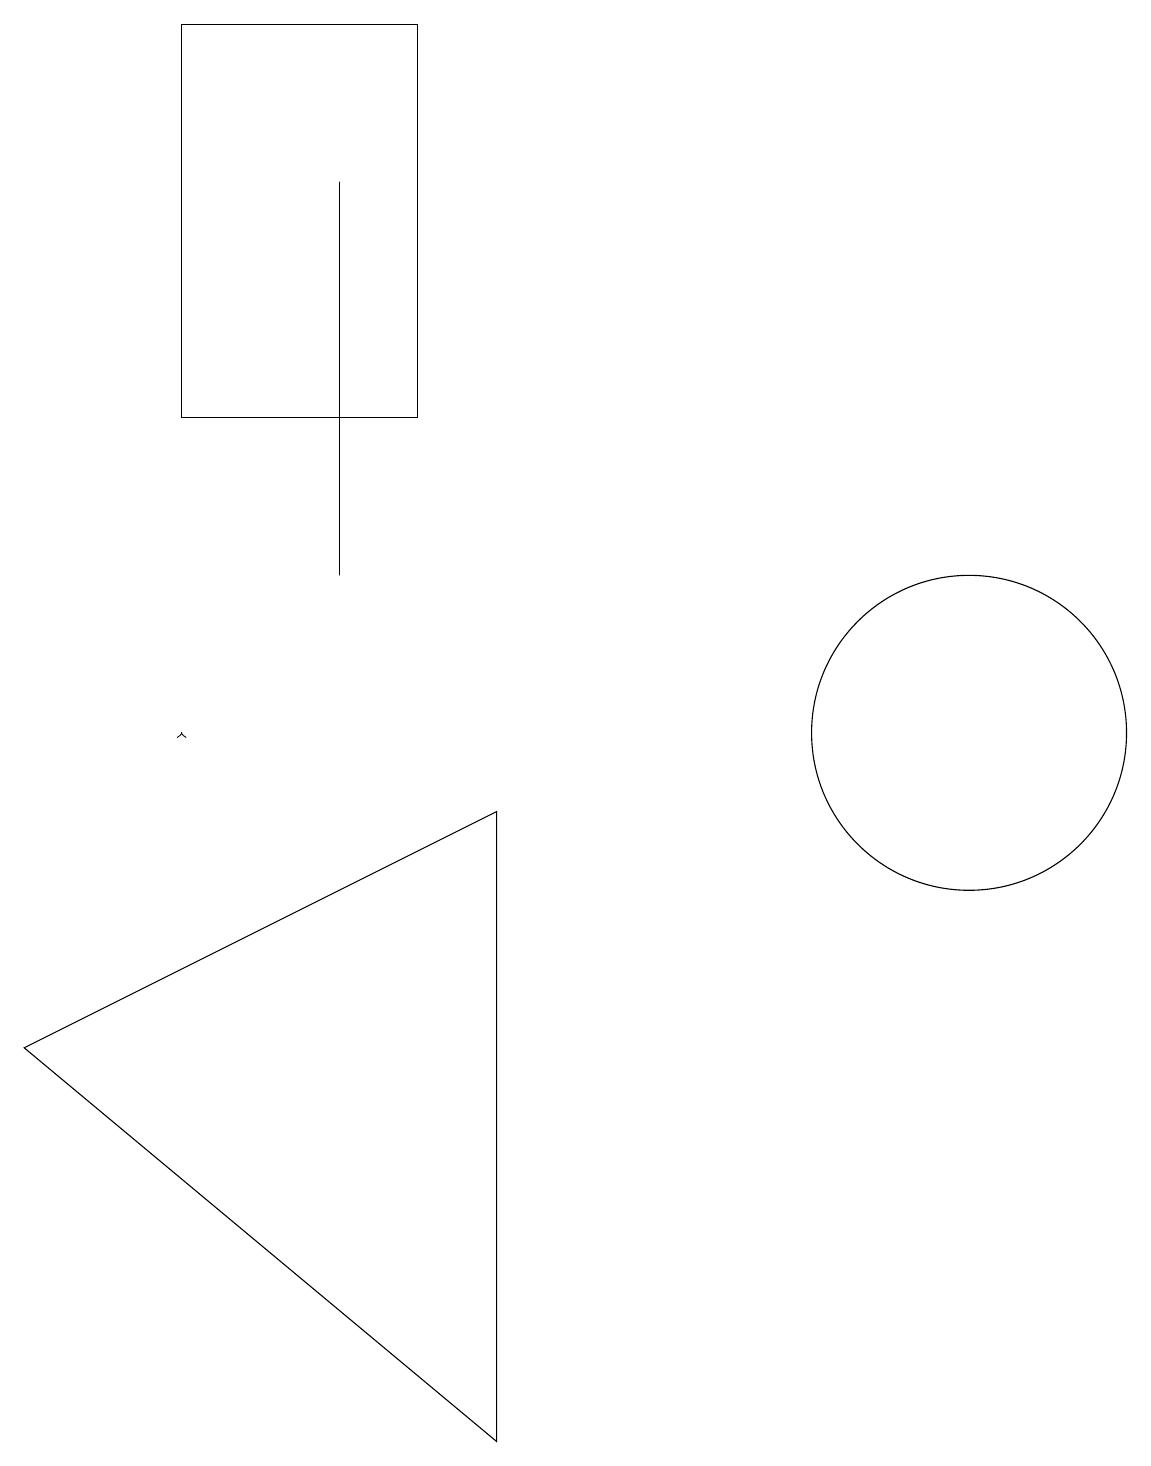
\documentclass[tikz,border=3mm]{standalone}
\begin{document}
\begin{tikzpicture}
\draw (2,19) rectangle (5,14);
\draw (0,6) -- (6,9) -- (6,1) -- cycle;
\draw (4,17) rectangle (4,12);
\draw[->] (2,10) -- (2,10);
\draw (10,10) circle (0);
\draw (12,10) circle (2);
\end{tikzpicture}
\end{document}